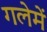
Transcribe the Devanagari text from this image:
गलेमें